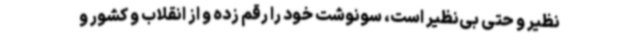
نظیر و حتی بی‌نظیر است، سونوشت خود را رقم زده و از انقلاب و کشور و